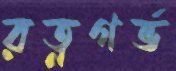
রত্নগর্ভ